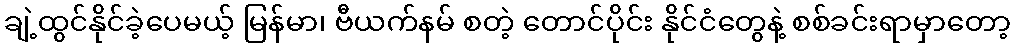
ချဲ့ထွင်နိုင်ခဲ့ပေမယ့် မြန်မာ၊ ဗီယက်နမ် စတဲ့ တောင်ပိုင်း နိုင်ငံတွေနဲ့ စစ်ခင်းရာမှာတော့